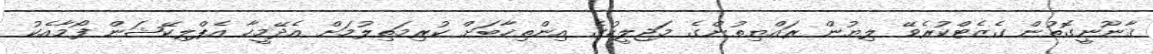
ޤާނޫނީގޮތުން ގެޒެޓްކުރެވޭ ލިޔުން ރައްޔިތުންގެ މަޖިލީހުގެ އިންތިޚާބަށް ކުރިމަތިލުމަށް އެދޭމީހާ އެޕްލިކޭޝަން ފޯމާއެކު